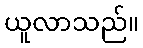
ယူလာသည်။